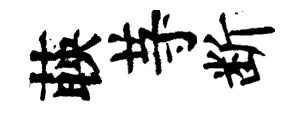
𦴤䒭断